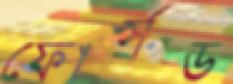
ফোর্সড